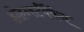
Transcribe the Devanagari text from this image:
होहर्न्स्टॅयैफेन